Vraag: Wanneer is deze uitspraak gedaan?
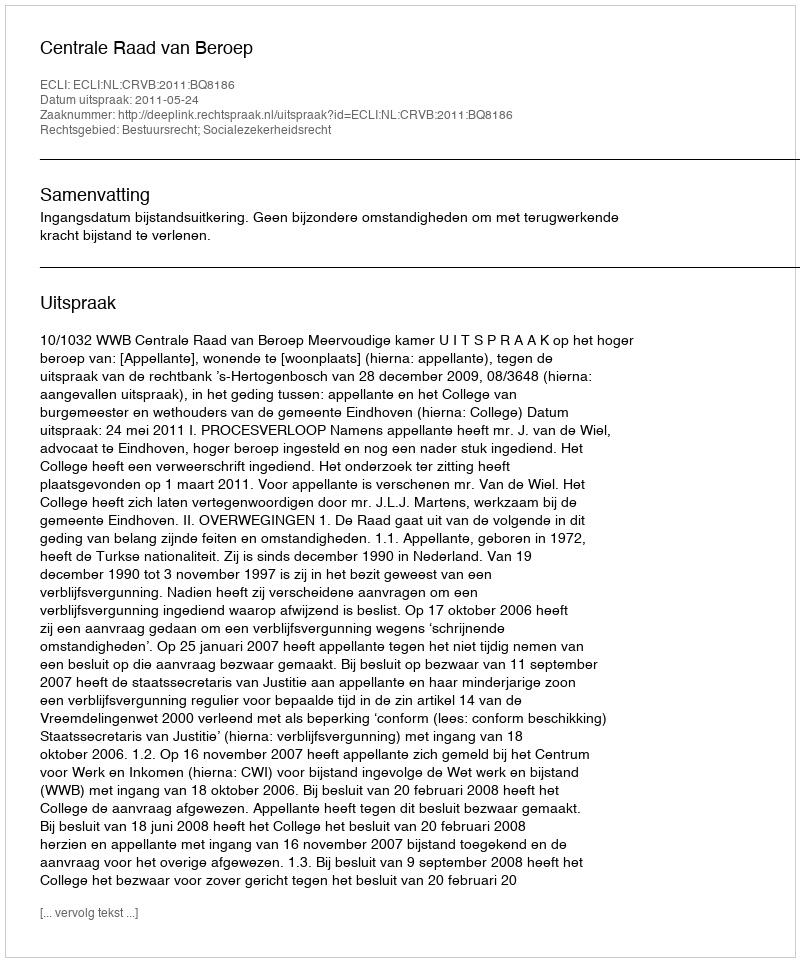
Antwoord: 2011-05-24